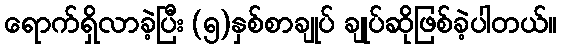
ရောက်ရှိလာခဲ့ပြီး (၅)နှစ်စာချုပ် ချုပ်ဆိုဖြစ်ခဲ့ပါတယ်။